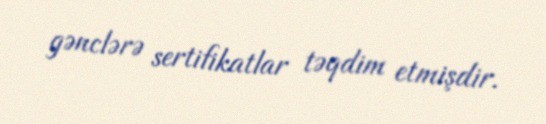
gənclərə sertifikatlar təqdim etmişdir.